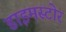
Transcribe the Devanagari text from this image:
डाइमस्टोर